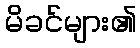
မိခင်များ၏